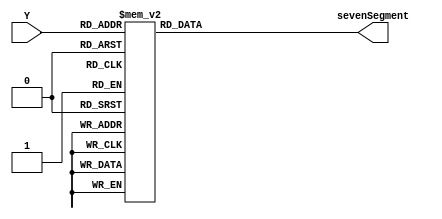
// Switch to Hex
module BCD_Seven_Segment(

	input [3:0] Y,
	output reg[6:0] sevenSegment
	
);



always @ ( * ) begin
	case (Y)
		0 : sevenSegment = 7'b1000000; // 0
		1 : sevenSegment = 7'b1111001; // 1
		2 : sevenSegment = 7'b0100100; // 2
		3 : sevenSegment = 7'b0110000; // 3
		4 : sevenSegment = 7'b0011001; // 4
		5 : sevenSegment = 7'b0010010; // 5
		6 : sevenSegment = 7'b0000010; // 6
		7 : sevenSegment = 7'b1111000; // 7
		8 : sevenSegment = 7'b0000000; // 8
		9 : sevenSegment = 7'b0010000; // 9
		default : sevenSegment = 7'b1000000; // 0
	endcase;
end

endmodule